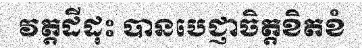
វត្តដីដុះ បានបេជ្ញាចិត្តខិតខំ